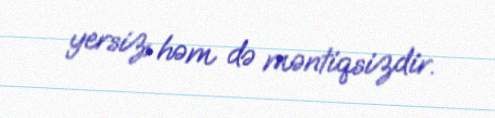
yersiz, həm də məntiqsizdir.